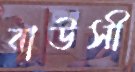
বাউসী